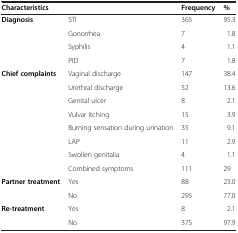
<table><thead><tr><td colspan="2"><b>Characteristics</b></td><td><b>Frequency</b></td><td><b>%</b></td></tr></thead><tbody><tr><td><b>Diagnosis</b></td><td>STI</td><td>365</td><td>95.3</td></tr><tr><td> </td><td>Gonorrhea</td><td>7</td><td>1.8</td></tr><tr><td> </td><td>Syphilis</td><td>4</td><td>1.1</td></tr><tr><td> </td><td>PID</td><td>7</td><td>1.8</td></tr><tr><td><b>Chief complaints</b></td><td>Vaginal discharge</td><td>147</td><td>38.4</td></tr><tr><td> </td><td>Urethral discharge</td><td>52</td><td>13.6</td></tr><tr><td> </td><td>Genital ulcer</td><td>8</td><td>2.1</td></tr><tr><td> </td><td>Vulvar itching</td><td>15</td><td>3.9</td></tr><tr><td> </td><td>Burning sensation during urination</td><td>35</td><td>9.1</td></tr><tr><td> </td><td>LAP</td><td>11</td><td>2.9</td></tr><tr><td> </td><td>Swollen genitalia</td><td>4</td><td>1.1</td></tr><tr><td> </td><td>Combined symptoms</td><td>111</td><td>29</td></tr><tr><td><b>Partner treatment</b></td><td>Yes</td><td>88</td><td>23.0</td></tr><tr><td> </td><td>No</td><td>295</td><td>77.0</td></tr><tr><td><b>Re-treatment</b></td><td>Yes</td><td>8</td><td>2.1</td></tr><tr><td> </td><td>No</td><td>375</td><td>97.9</td></tr></tbody></table>